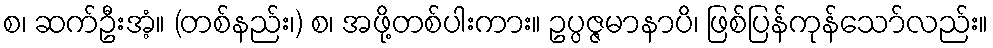
စ၊ ဆက်ဦးအံ့။ (တစ်နည်း၊) စ၊ အဖို့တစ်ပါးကား။ ဥပ္ပဇ္ဇမာနာပိ၊ ဖြစ်ပြန်ကုန်သော်လည်း။